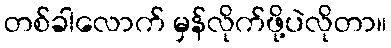
တစ်ခါလောက် မှန်လိုက်ဖို့ပဲလိုတာ။